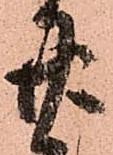
廿